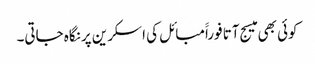
کوئی بھی میسج آتا فوراََمبائل کی اسکرین پر نگاہ جاتی۔